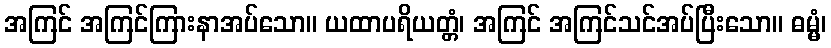
အကြင် အကြင်ကြားနာအပ်သော။ ယထာပရိယတ္တံ၊ အကြင် အကြင်သင်အပ်ပြီးသော။ ဓမ္မံ၊